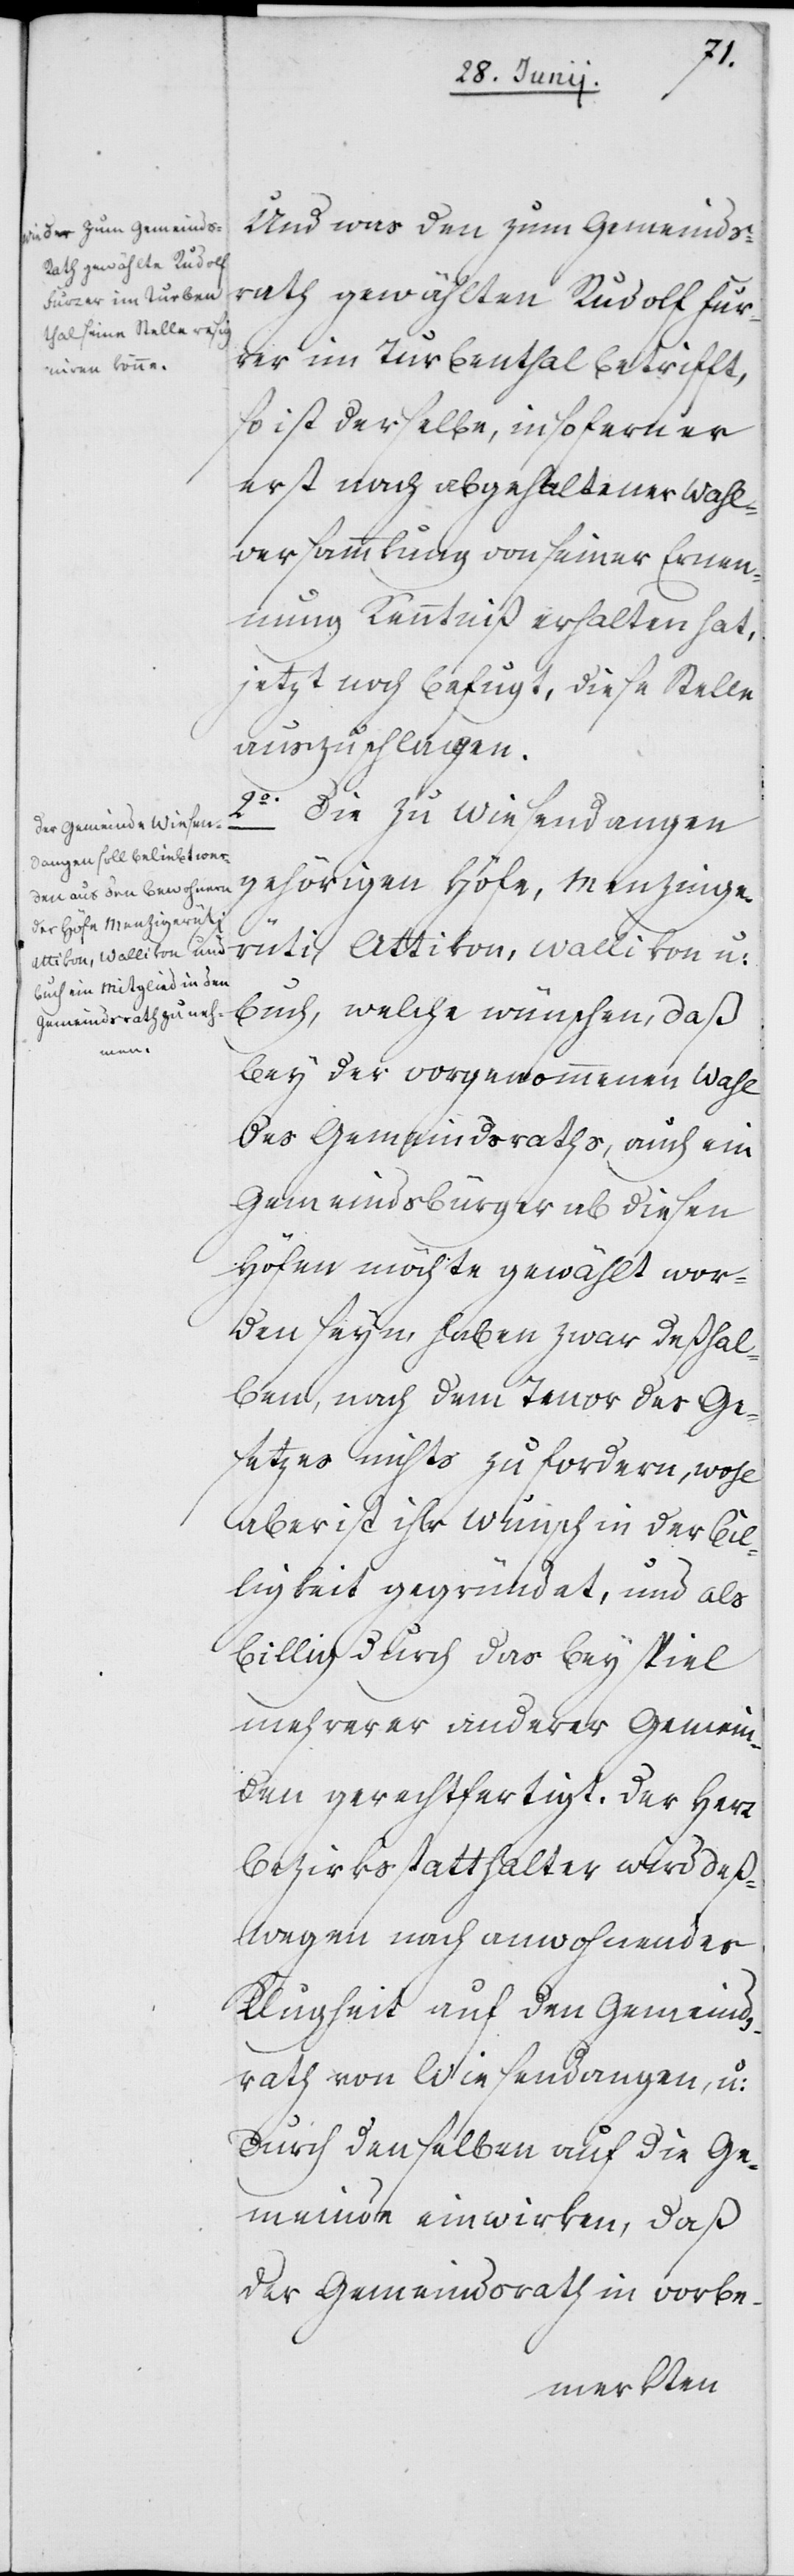
Und was den zum Gemeinds¬
rath gewählten Rudolf Fur¬
rer im Turbenthal betrifft,
so ist derselbe, insofern er
erst nach abgehaltener Wahl¬
versammlung von seiner Ernen¬
nung Kenntniß erhalten hat,
jetzt noch befugt, diese Stelle
auszuschlagen.
2o. Die zu Wiesendangen
gehörigen Höfe, Menzinge¬
rüti [sic!], Attikon, Wallikon u:
Buch, welche wünschen, daß
bey der vorgenommenen Wahl
des Gemeindsraths, auch ein
Gemeindsbürger ab diesen
Höfen möchte gewählt wor¬
den seyn, haben zwar deßhal¬
ben, nach dem Tenor des Ge¬
setzes nichts zu fordern, wohl
aber ist ihr Wunsch in der Bil¬
ligkeit gegründet, und als
billig durch das Beyspiel
mehrerer anderer Gemein¬
den gerechtfertigt. Der Herr
Bezirksstatthalter wird deß¬
wegen nach anwohnender
Klugheit auf den Gemeinds¬
rath von Wiesendangen, u:
durch denselben auf die Ge¬
meinde einwirken, daß
der Gemeindsrath in vorbe-